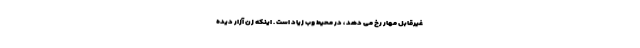
غیرقابل مهار رخ می دهد ، در محیط وب زیاد است . اینکه زن آزار دیده